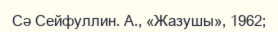
Сә Сейфуллин. А., «Жазушы», 1962;